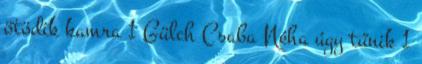
ötödik kamra 1 Gülch Csaba Néha úgy tűnik 1